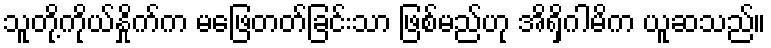
သူတို့ကိုယ်နှိုက်က မဖြေတတ်ခြင်းသာ ဖြစ်မည်ဟု အိရှိဂါမိက ယူဆသည်။